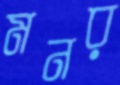
মনর